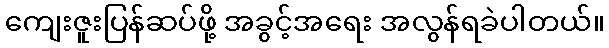
ကျေးဇူးပြန်ဆပ်ဖို့ အခွင့်အရေး အလွန်ရခဲပါတယ်။